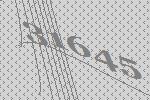
31645